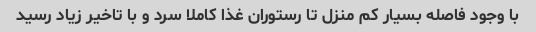
با وجود فاصله بسیار کم منزل تا رستوران غذا کاملا سرد و با تاخیر زیاد رسید